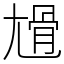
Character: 尳